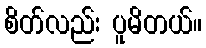
စိတ်လည်း ပူမိတယ်။